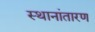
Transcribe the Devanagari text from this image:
स्थानांतारण